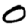
Digit: 0